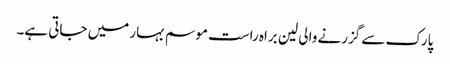
پارک سے گزرنے والی لین براہ راست موسم بہار میں جاتی ہے۔